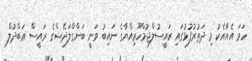
ހަމަ އެއާއެކު މި ދަތުރުފުޅުގައި ރައީސުލްޖުމްހޫރިއްޔާގެ ނައިބު ވަނީ ބަންގްލަދޭޝްގެ ރައީސް ޢަބްދުލް